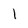
Character: 1